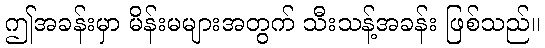
ဤအခန်းမှာ မိန်းမများအတွက် သီးသန့်အခန်း ဖြစ်သည်။